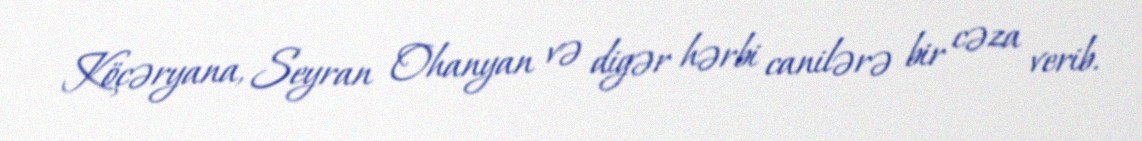
Köçəryana, Seyran Ohanyan və digər hərbi canilərə bir cəza verib.